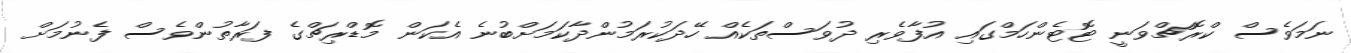
ނަމަވެސް ކްރޮޗްވަނީ ޓޮޓެންހަމްގައި އުފާވެރި ދުވަސްތަކެއް ހޭދަކުރަމުންދާކަމަށްބުނެ އެކަން މޮޑްރިޗްގެ ފަރާތުންވެސް ފެނުމަށް